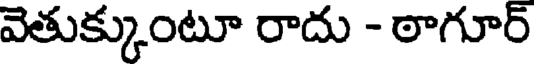
వెతుక్కుంటూ రాదు - ఠాగూర్